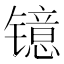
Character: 镱